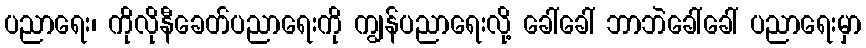
ပညာရေး၊ ကိုလိုနီခေတ်ပညာရေးကို ကျွန်ပညာရေးလို့ ခေါ်ခေါ် ဘာဘဲခေါ်ခေါ် ပညာရေးမှာ